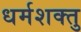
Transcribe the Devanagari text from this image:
धर्मशक्तु